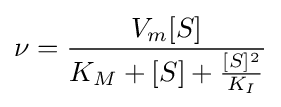
\nu ={\frac {V_{m}[S]}{K_{M}+[S]+{\frac {[S]^{2}}{K_{I}}}}}